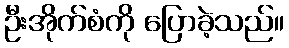
ဦးအိုက်စံကို ပြောခဲ့သည်။